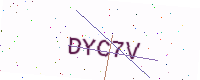
Text: DYC7V